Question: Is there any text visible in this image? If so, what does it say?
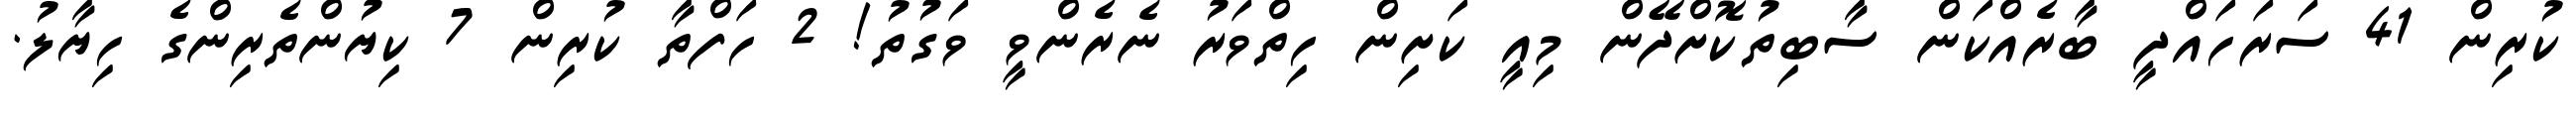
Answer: ކުރިން 41 ސަރަހައްދީ ބާރެއްކަން ސާބިތުކޮށްދޭން މިއީ ކަށިން ހިތްވަރު ނެރެންވީ ވަގުތު! 2 ހަފްތާ ކުރިން 7 ކިޔުންތެރިންގެ ހިޔާލު.